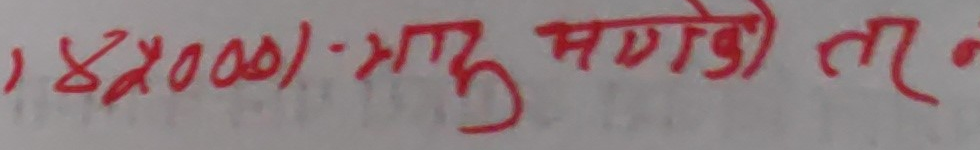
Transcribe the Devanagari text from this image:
1,४००००) - प्राप्त भएको छ